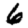
Digit: 6